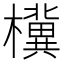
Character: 𪴗